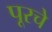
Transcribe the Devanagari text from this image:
पूरचे